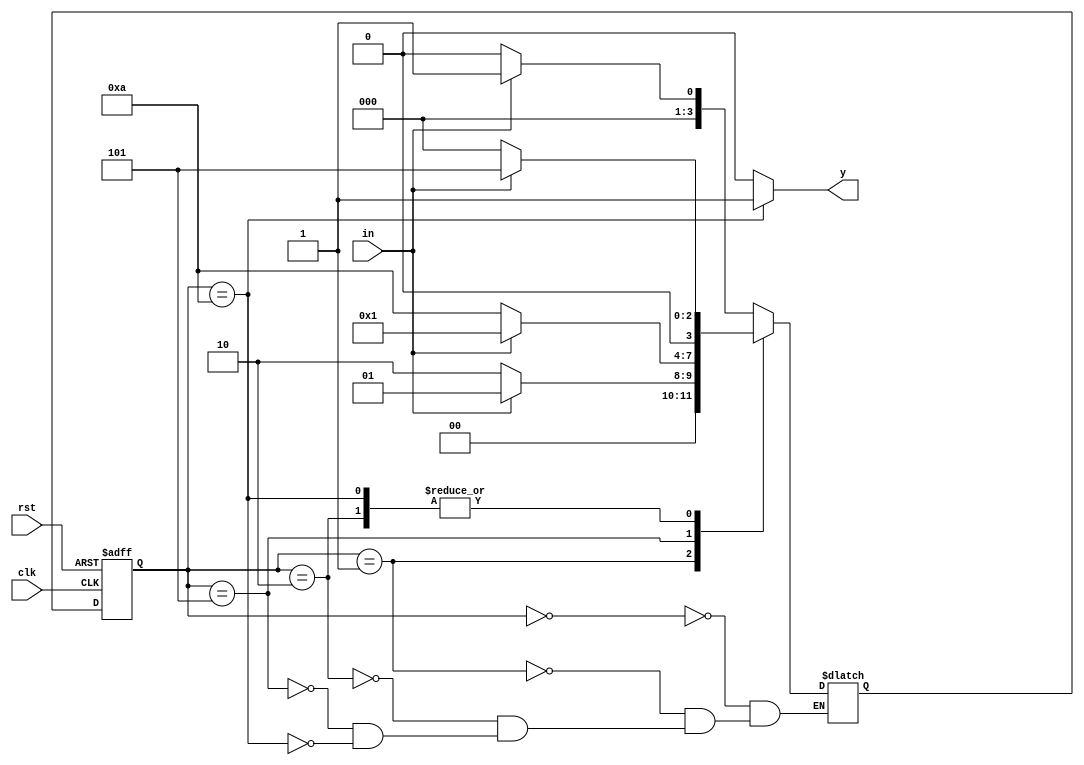
`timescale 1ns / 1ps
//////////////////////////////////////////////////////////////////////////////////
// Company: 
// Engineer: 
// 
// Design Name: 
// Module Name: moore_1010_detector
// Project Name: 
// Target Devices: 
// Tool Versions: 
// Description: 
// 
// Dependencies: 
// 
// Revision:
// Revision 0.01 - File Created
// Additional Comments:
// 
//////////////////////////////////////////////////////////////////////////////////


module moore_1010_detector(y,in,clk,rst);
input clk,in,rst;
output reg y;
parameter [3:0] s0=4'b0,
                s1=4'b1,    //2 bits are necessary to represent 4 states
                s2=4'b10,   //Here used 4 bits to know the sequence at every state for understanding
                s3=4'b101,  // but regarding memory, taking 2 bits is best.
                s4=4'b1010;
reg [3:0]PS,NS;
always @(PS,in)
begin
case(PS)
s0: begin
    y=1'b0;
    if(in)
    NS<=s1;
    else
    NS<=s0;
    end
s1: begin
    y=1'b0;
    if(in)
    NS<=s1;
    else
    NS<=s2;
    end
s2: begin
    y=1'b0;
    if(in)
    NS<=s3;
    else
    NS<=s0;
    end
s3: begin
    y=1'b0;
    if(in)
    NS<=s1;
    else
    NS<=s4;
    end
s4: begin
    y=1'b1;
    if(in)
    NS<=s3;
    else
    NS<=s0;
    end
default: y=1'b0;
endcase
end
always @(posedge clk, posedge rst)
begin
if(rst)
PS<=s0;
else
PS<=NS;
end
endmodule